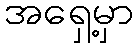
အရှေ့မှာ